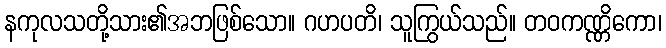
နကုလသတို့သား၏အဘဖြစ်သော။ ဂဟပတိ၊ သူကြွယ်သည်။ တဝကဏ္ဏိကော၊